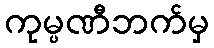
ကုမ္ပဏီဘက်မှ